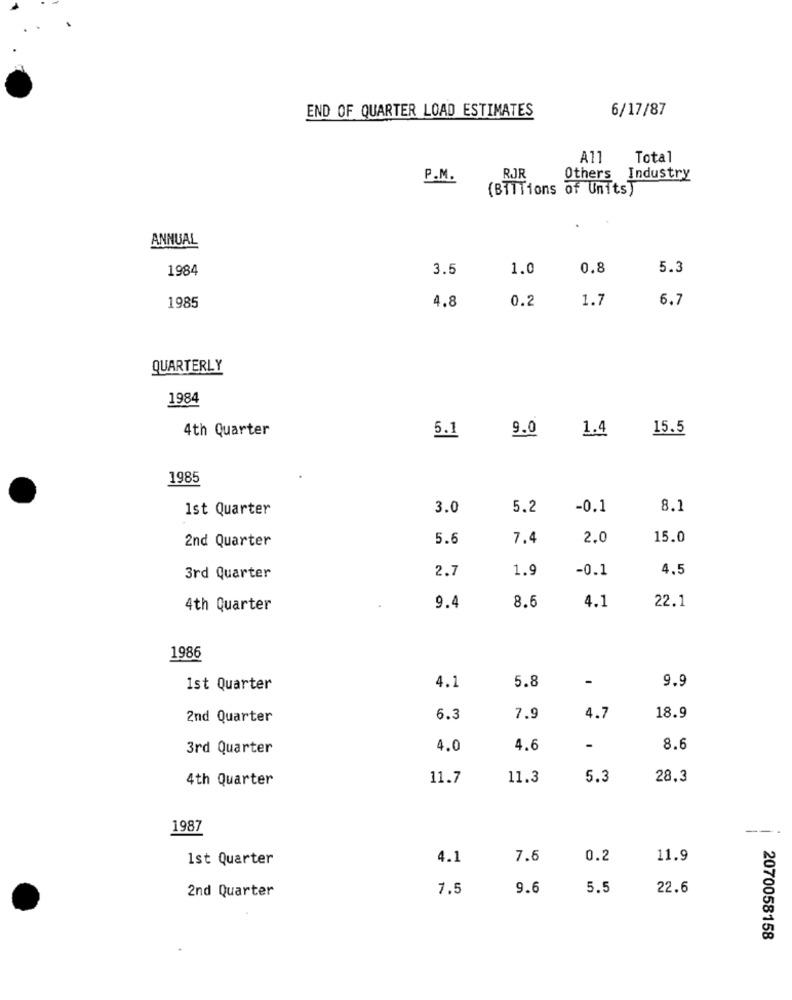
END OF QUARTER LOAD ESTIMATES
6/17/87
A11
Total
P.M.
RJR
Others Industry
(BilTions of Units)
ANNUAL
1984
3.5
1.0
0.8
5.3
0.2
1.7
6.7
1985
4.8
QUARTERLY
1984
4th Quarter
9.0
15.5
5.1
1.4
1985
1st Quarter
3.0
5.2
-0.1
8.1
2nd Quarter
5.6
7.4
2.0
15.0
2.7
1.9
-0.1
4.5
3rd Quarter
8.6
22.1
4th Quarter
9.4
4.1
1986
-
9.9
1st Quarter
4.1
5.8
2nd Quarter
6.3
7.9
4.7
18.9
3rd Quarter
4.0
4.6
-
8.6
4th Quarter
11.7
11.3
5.3
28.3
1987
-
1st Quarter
4.1
7.6
0.2
11.9
7.5
9.6
5.5
22.6
2nd Quarter
2070058158